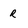
Character: R